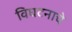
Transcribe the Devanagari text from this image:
विघटनाचे